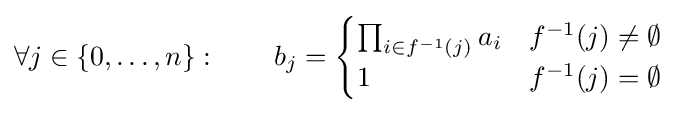
\forall j\in \{0,\ldots ,n\}:\qquad b_{j}={\begin{cases}\prod _{i\in f^{-1}(j)}a_{i}&f^{-1}(j)\neq \emptyset \\1&f^{-1}(j)=\emptyset \end{cases}}